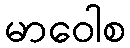
မာဝေါစ